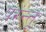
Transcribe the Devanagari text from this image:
परंन्तू